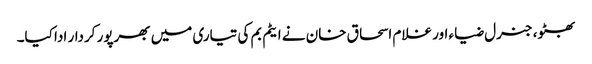
بھٹو، جنرل ضیاء اور غلام اسحاق خان نے ایٹم بم کی تیاری میں بھرپور کردار ادا کیا۔